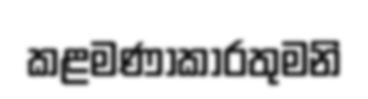
කළමණාකාරතුමනි